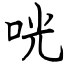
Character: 咣